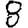
Digit: 8